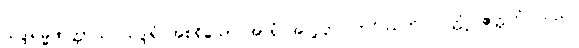
သဒ္ဒါရမ္မဏတ္ထာယ၊ သဒ္ဒါရုံ အစရှိသော အာရုံ အလို့ငှာ။ ဘဝိဿတိ၊ လတ္တံ့။ ဧတ္တကံ၊ သည်။